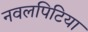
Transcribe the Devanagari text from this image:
नवलपिटिया